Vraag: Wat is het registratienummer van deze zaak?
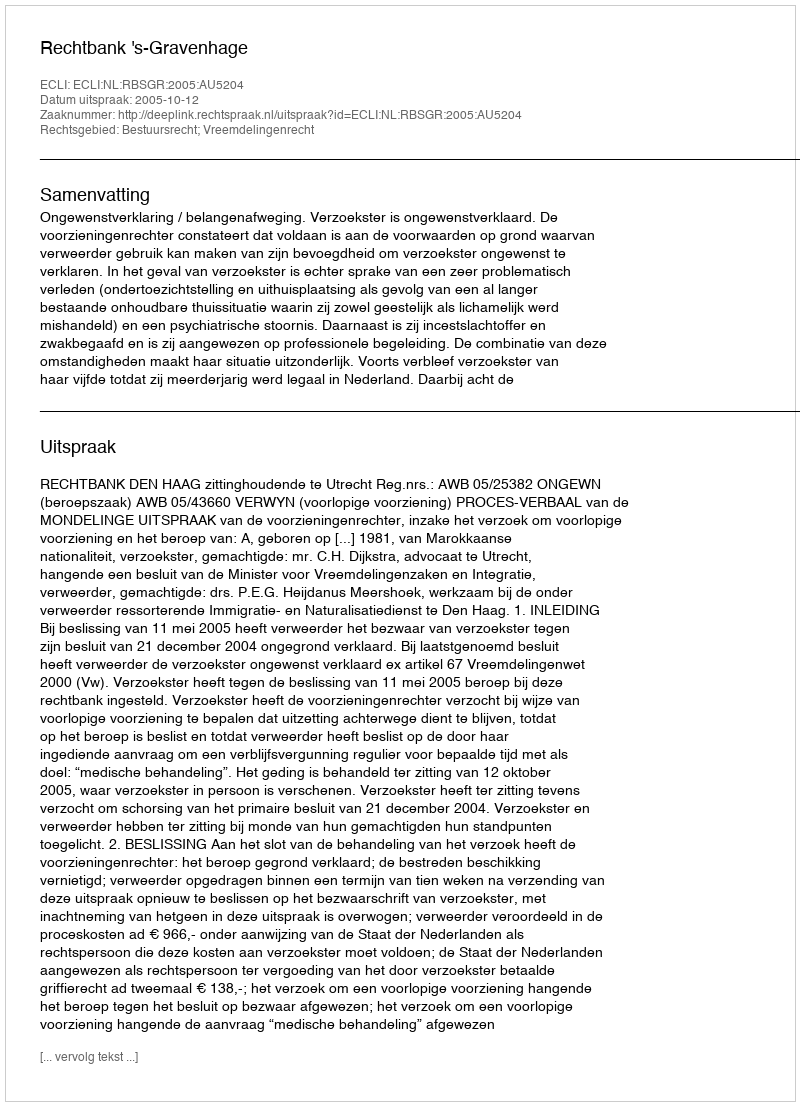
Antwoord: http://deeplink.rechtspraak.nl/uitspraak?id=ECLI:NL:RBSGR:2005:AU5204